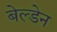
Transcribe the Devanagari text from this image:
बेल्डेन